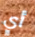
أي